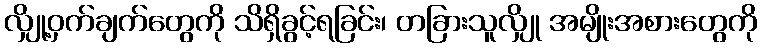
လျှို့ဝှက်ချက်တွေကို သိရှိခွင့်ရခြင်း၊ တခြားသူလျှို အမျိုးအစားတွေကို